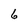
Character: 6